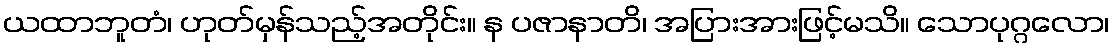
ယထာဘူတံ၊ ဟုတ်မှန်သည့်အတိုင်း။ န ပဇာနာတိ၊ အပြားအားဖြင့်မသိ။ သောပုဂ္ဂလော၊